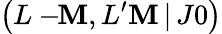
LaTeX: \left(L-\! \! \mathbf{M},L^{\prime}\mathbf{M}\, |\, J0\right)